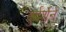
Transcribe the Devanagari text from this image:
दुर्दर्शेने